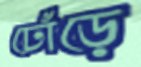
ঢোঁড়ে